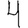
Digit: 4